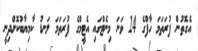
އެގޮތުން ފުރަތަމަ ހާފްގެ 24 ވަނަ މިނެޓްގައި އެޓީމްގެ ފުރަތަމަ ލަނޑު ކާމިޔާބުކޮށްދިނީ